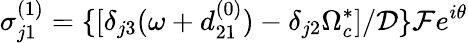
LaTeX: \sigma_{j1}^{(1)}=\{ [\delta_{j3}(\omega+d_{21}^{(0)})-\delta_{j2}\Omega_{c}^{\ast}]/\mathcal{D}\} \mathcal{F}e^{i\theta}